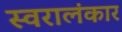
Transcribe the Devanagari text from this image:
स्वरालंकार